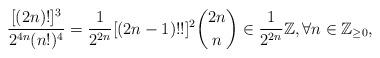
LaTeX: \begin{align*}\frac{ [(2 n)!]^3}{2^{4n}(n!)^4}=\frac{1}{2^{2n}}[(2n-1)!!]^{2}{2n\choose n}\in\frac{1}{2^{2n}}\mathbb Z,\forall n\in\mathbb Z_{\geq0},\end{align*}